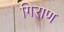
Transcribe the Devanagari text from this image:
गिराण